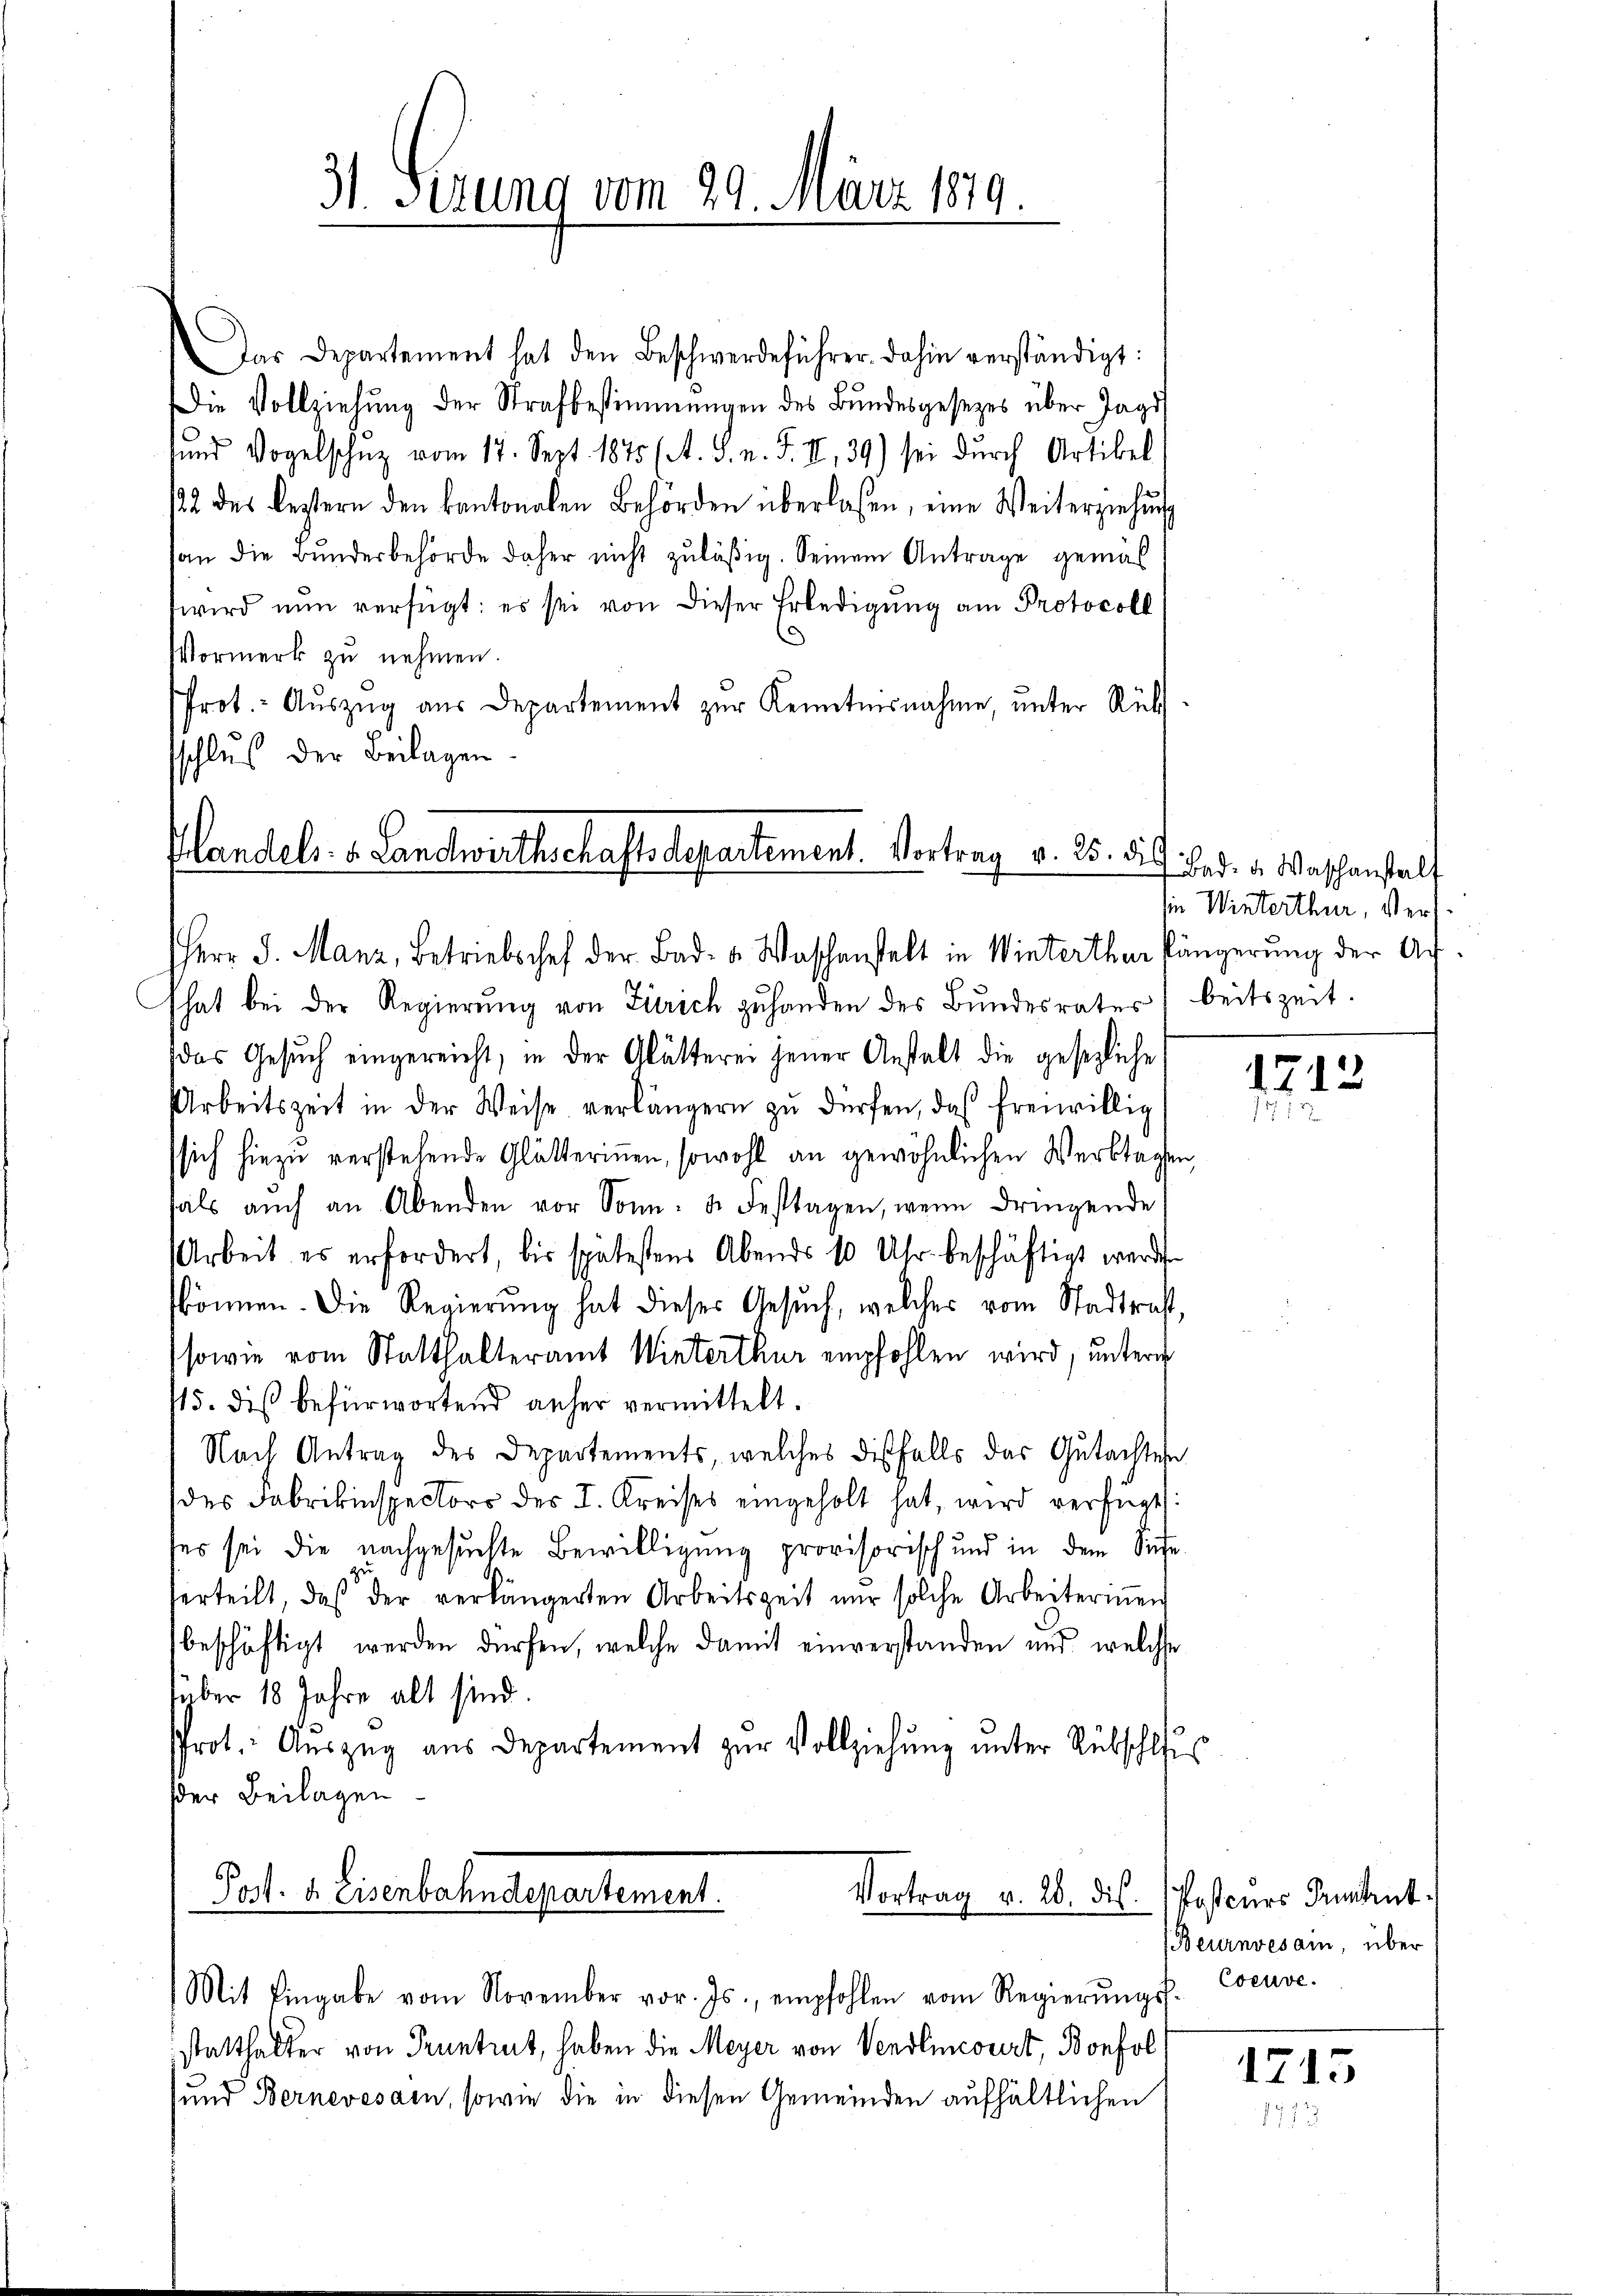
31. Setzung vom 29. März 1879.

Das Departement hat den Beschwerdeführer dahin verständigt:
Die Vollziehŭng der Strafbestimmungen des Bŭndesgesezes über Jagd
sund Vogelschŭz vom 17. Sept. 1875 (s. S. n. F. II., 39) sei dŭrch Artikel
122 des Leztern den kantonalen Behörden überlassen, eine Weiterziehung
an die Bunderbehörde daher nicht zuläßig. Seinem Antrage gemäß
wird nun verfügt: es sei von dieser Erledigŭng am Protocoll
Vormerk zu nehmen.
Prot. Aŭszŭg aŭs Departement zŭr Kenntnisnahme, ŭnter Rück
sschlus der Beilagen.
hat bei der Regierung von Zürich zuhanden des Bundesrates
das Gesuch eingereicht, in der Glätterei jener Anstalt die gesezliche
Arbeitszeit in der Weise verlängern zŭ dürfen, das freiwillig
sich hiezu verstehende Glätterinnen, sowohl an gewöhnlichen Verktagen
hals auch an Abenden vor Sonn- & Festtagen, wenn dringende
Arbeit es erfordert, bis spätestens Abends 10 Uhr beschäftigt werde.
können. Die Regierŭng hat dieses Gesŭch, welches vom Stadtrast,
sowie vom Statthalteramt Winterthur empfohlen wird, unterm
15. dis befürwortend anher vermittelt.
Nach Antrag des Departements, welches dißfalls des Gutachten
des Fabrikinspectors des I. Kreises eingeholt hat, wird verfügt:
ses sei die nachgesuchte Bewilligung provisorisch und in dem Siche
verteilt, daß der verlängerten Arbeitszeit nŭr solche Arbeiterinnen
beschäftigt werden dürfen, welche damit einverstanden und welche
über 18 Jahre alt sind.
srot. Auszug aus Departement zur Vollziehung unter Rübschlus
der Beilagen
Post. d. Eisenbahndepartement.
Vortrag v. 28. di

Handels- & Landwirthschaftsdepartement. Vortrag v. 25. die
HHerr J. Manz, Betriebschef der Bad- u. Waschenstelt in Winterthur kängerung der Ar¬

Mit Eingabe vom November vor. Js., empfohlen vom Regierŭngs- Cocuve-

statthalter von Pruntrut, haben die Meyer von Vendlincourt, Bonfol
sund Bernevesain, sowie die in diesen Gemeinden aufhältlichen

Bad. u. Waschanstalt
ie Winterthur, verbeitszeit.

1712
7

Poscurs Grundent.
Beurnvesain, über

1715
u